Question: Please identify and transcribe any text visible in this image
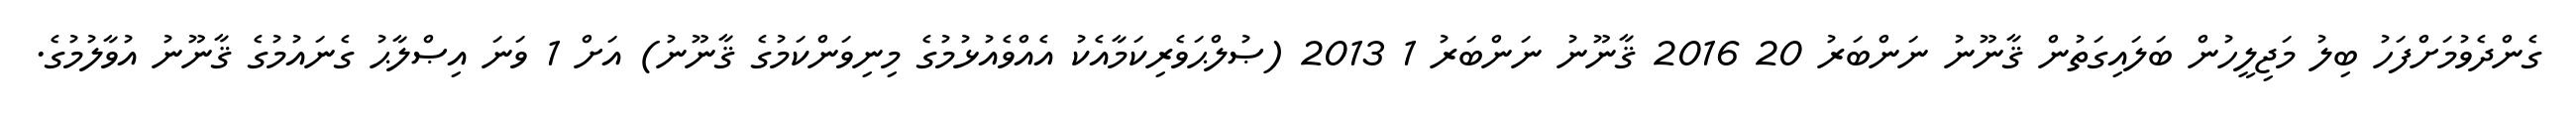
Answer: ގެންދެވުމަށްފަހު ބިލު މަޖިލީހުން ބަލައިގަތުން ޤާނޫނު ނަންބަރު 20 2016 ޤާނޫނު ނަންބަރު 1 2013 (ޞުލްޙަވެރިކަމާއެކު އެއްވެއުޅުމުގެ މިނިވަންކަމުގެ ޤާނޫނު) އަށް 1 ވަނަ އިޞްލާޙު ގެނައުމުގެ ޤާނޫނު އުވާލުމުގެ.